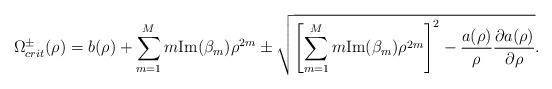
LaTeX: \begin{align*}\Omega_{crit}^{\pm}(\rho)=b(\rho)+\sum_{m=1}^M m\mbox{Im}(\beta_m)\rho^{2m}\pm\sqrt{\left[ \sum_{m=1}^M m\mbox{Im}(\beta_m)\rho^{2m} \right]^2-\frac{a(\rho)}{\rho} \frac{\partial a(\rho)}{\partial \rho} }.\end{align*}